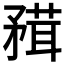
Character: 𥎂